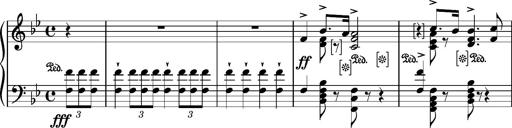
Title: Ungarischer Marsch
Composer: Friedrich Nietzsche